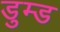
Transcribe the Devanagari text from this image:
डुम्ड